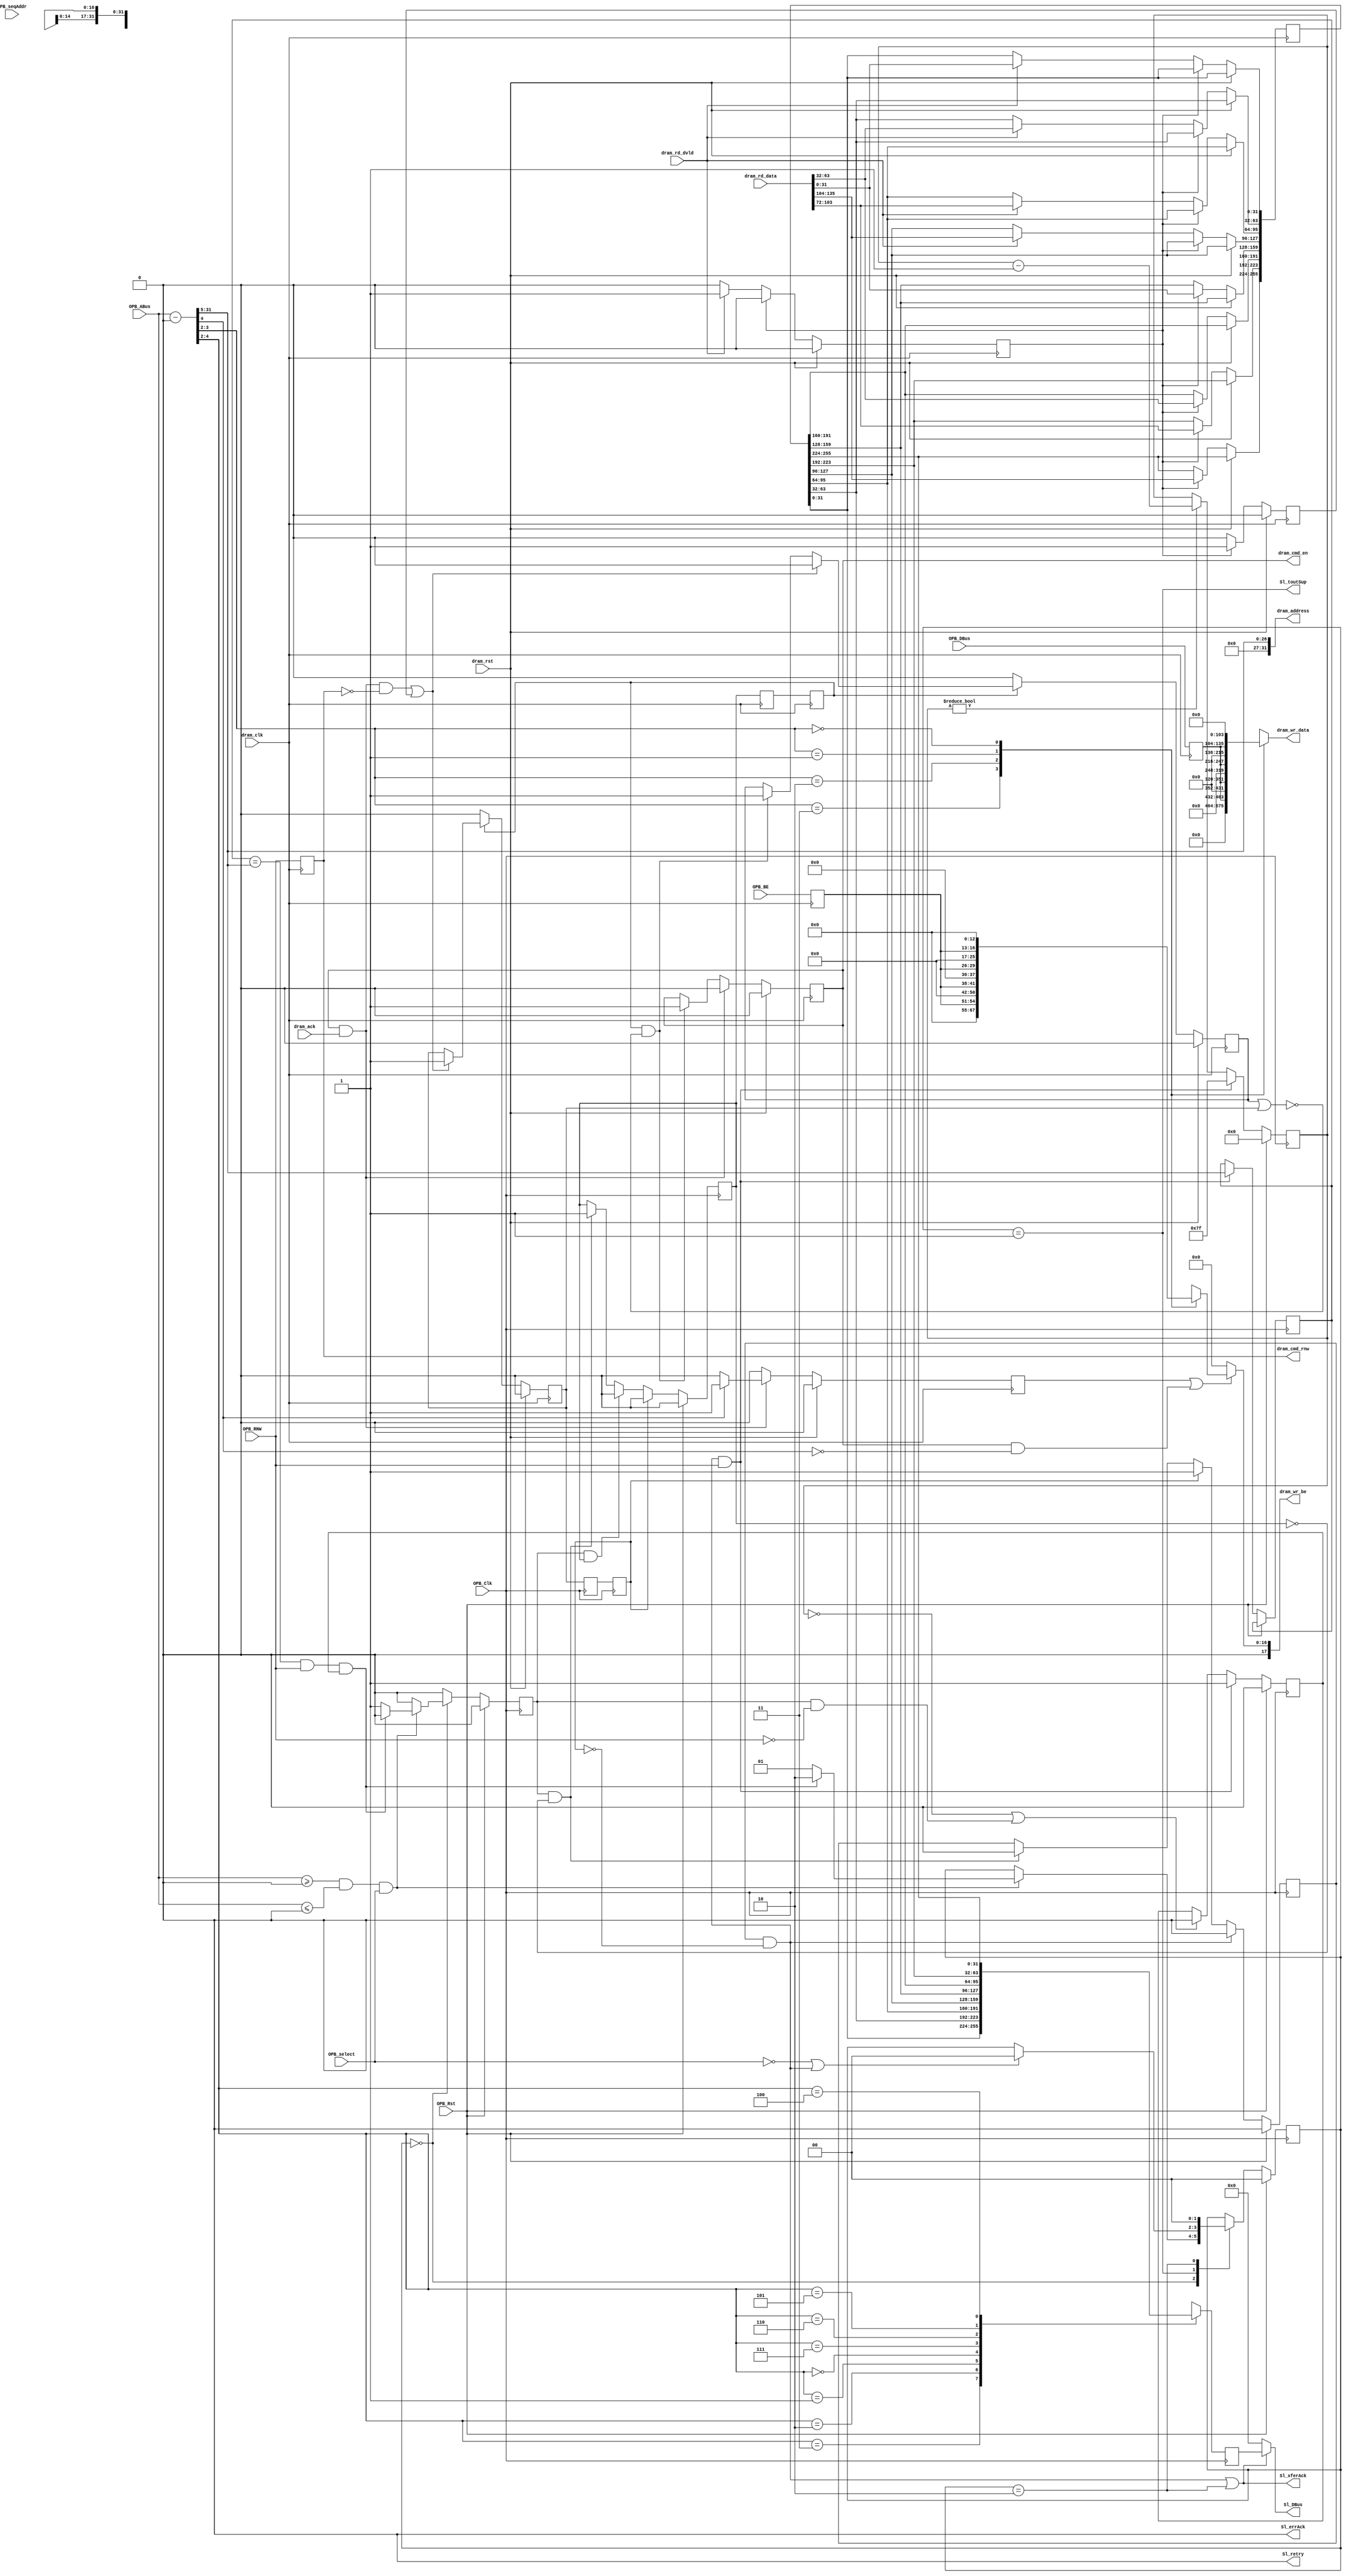
module mem_opb_attach #(
    parameter C_BASEADDR = 0,
    parameter C_HIGHADDR = 0
  ) (
    input         OPB_Clk,
    input         OPB_Rst,
    output [0:31] Sl_DBus,
    output        Sl_errAck,
    output        Sl_retry,
    output        Sl_toutSup,
    output        Sl_xferAck,
    input  [0:31] OPB_ABus,
    input  [0:3]  OPB_BE,
    input  [0:31] OPB_DBus,
    input         OPB_RNW,
    input         OPB_select,
    input         OPB_seqAddr,

    input          dram_clk,
    input          dram_rst,

    output         dram_cmd_en,
    output         dram_cmd_rnw,
    output [143:0] dram_wr_data,
    output  [17:0] dram_wr_be,
    output  [31:0] dram_address,
    input  [143:0] dram_rd_data,
    input          dram_rd_dvld,
    input          dram_ack
  );

  /********************* Common signals **********************/
  wire opb_trans_strb;
  wire opb_resp_strb;
  wire dram_resp_strb;
  wire dram_trans_strb;

  /************** OPB transaction extraction *****************/
  
  wire [31:0] opb_addr = OPB_ABus - C_BASEADDR;
  wire opb_sel = (OPB_ABus >= C_BASEADDR && OPB_ABus <= C_HIGHADDR) && OPB_select;

  /* cache hit signal */
  wire cache_hit;

  reg [1:0] opb_state;
  localparam OPB_IDLE = 2'd0;
  localparam OPB_WAIT = 2'd1;
  localparam OPB_ACK  = 2'd2;

  reg opb_trans_strb_reg;

  always @(posedge OPB_Clk) begin
    /* Single cycle strobe */
    opb_trans_strb_reg <= 1'b0;

    if (OPB_Rst) begin
      opb_state <= OPB_IDLE;
    end else begin
      case (opb_state)
        OPB_IDLE: begin
          if (opb_sel) begin
            if (cache_hit) begin /* cache hit, ack immediately */
              opb_state <= OPB_ACK;
            end else begin /* cache miss, get data from controller */
              opb_state <= OPB_WAIT; 
              opb_trans_strb_reg <= 1'b1;
            end
          end
        end
        OPB_WAIT: begin
          if (!OPB_select || opb_resp_strb) begin
            opb_state <= OPB_IDLE;
          end
        end
        OPB_ACK: begin
          opb_state <= OPB_IDLE;
        end
      endcase
    end
  end

  assign opb_trans_strb = opb_trans_strb_reg;

  /*********** Read mini-cache logic ***********/

  reg cache_valid;
  reg [255:0] cache_data;
  reg  [26:0] cache_addr;

  localparam CACHE_BITS     = 7;
  localparam CACHE_LIFETIME = 127;
  reg [CACHE_BITS - 1:0] cache_timer;

  always @(posedge OPB_Clk) begin
    if (OPB_Rst) begin
      cache_valid <= 1'b0;
      cache_timer <= 0;
    end else begin
      if (cache_timer == 0 || (opb_trans_strb && !OPB_RNW)) begin
        cache_valid <= 1'b0;
      end
      if (cache_timer) begin
        cache_timer <= cache_timer - 1;
      end
      if (opb_resp_strb && OPB_RNW) begin
        cache_addr  <= opb_addr[31:5];
        cache_valid <= 1'b1;
        cache_timer <= CACHE_LIFETIME;
      end
    end
  end

  assign cache_hit = (cache_addr == opb_addr[31:5]) && OPB_RNW && cache_valid;

  /********** OPB output assignments ***********/

  assign Sl_xferAck = opb_resp_strb || opb_state == OPB_ACK;
  assign Sl_toutSup = opb_state == OPB_WAIT;
  assign Sl_retry   = 1'b0;
  assign Sl_errAck  = 1'b0;

  reg [31:0] SL_DBus_reg;
  always @(posedge OPB_Clk) begin
    case (opb_addr[4:2])
      3'd3: SL_DBus_reg <= cache_data[31:0];
      3'd2: SL_DBus_reg <= cache_data[63:32];
      3'd1: SL_DBus_reg <= cache_data[95:64];
      3'd0: SL_DBus_reg <= cache_data[127:96];
      3'd7: SL_DBus_reg <= cache_data[159:128];
      3'd6: SL_DBus_reg <= cache_data[191:160];
      3'd5: SL_DBus_reg <= cache_data[223:192];
      3'd4: SL_DBus_reg <= cache_data[255:224];
    endcase
  end
  assign Sl_DBus = Sl_xferAck ? SL_DBus_reg : 32'b0;

  /********* transaction and response handshaking ************/

  reg trans_reg;
  reg trans_regR;
  reg trans_regRR;
  //synthesis attribute HU_SET of trans_regR  is SET1
  //synthesis attribute HU_SET of trans_regRR is SET1
  //synthesis attribute RLOC   of trans_regR  is X0Y0
  //synthesis attribute RLOC   of trans_regRR is X0Y1

  reg resp_reg;
  reg resp_regR;
  reg resp_regRR;
  //synthesis attribute HU_SET of resp_regR  is SET0
  //synthesis attribute HU_SET of resp_regRR is SET0
  //synthesis attribute RLOC   of resp_regR  is X0Y0
  //synthesis attribute RLOC   of resp_regRR is X0Y1

  reg wait_clear;

  always @(posedge OPB_Clk) begin
    resp_regR  <= resp_reg;
    resp_regRR <= resp_regR;

    if (OPB_Rst) begin
      trans_reg  <= 1'b0;
      wait_clear <= 1'b0;
    end else begin
      if (opb_trans_strb && !trans_reg) begin
        trans_reg  <= 1'b1;
        wait_clear <= 1'b0;
      end
      if (opb_trans_strb && trans_reg) begin
        trans_reg  <= 1'b0;
        /* fail. we have gotten a request while a response was pending.
           Give up on both transactions.
        */
      end
      if (resp_regRR) begin
        trans_reg  <= 1'b0;
        wait_clear <= 1'b1;
      end
      if (wait_clear && !resp_regRR) begin
        wait_clear   <= 1'b0;
      end
    end
  end

  reg wait_reg;

  always @(posedge dram_clk) begin
    trans_regR  <= trans_reg;
    trans_regRR <= trans_regR;
    if (dram_rst) begin
      resp_reg <= 1'b0;
      wait_reg <= 1'b0;
    end else begin
      if (trans_regRR && !(wait_reg || resp_reg)) begin
        wait_reg <= 1'b1;
      end
      if (dram_resp_strb) begin
        wait_reg <= 1'b0;
        resp_reg <= 1'b1;
      end
      if (!trans_regRR) begin
        wait_reg <= 1'b0;
        resp_reg <= 1'b0;
      end
    end
  end

  assign opb_resp_strb   =  wait_clear && !resp_regRR;
  assign dram_trans_strb = trans_regRR && !(wait_reg || resp_reg);

  /***************** DRAM command generation ************/

  reg [31:0] opb_wr_data_reg;
  reg  [3:0] opb_be_reg;
  reg opb_rnw_reg;

  always @(posedge dram_clk) begin
    opb_wr_data_reg <= OPB_DBus;
    opb_be_reg      <= OPB_BE;
    opb_rnw_reg     <= OPB_RNW;
  end

  wire dram_wr_resp_strb;
  wire dram_rd_resp_strb;
  assign dram_resp_strb = dram_wr_resp_strb || dram_rd_resp_strb;

  wire second_cycle_sel    = opb_addr[4];
  wire [1:0] dram_word_sel = opb_addr[3:2];

  /* DRAM Command issue logic */
  reg second_wr_cycle;
  reg dram_cmd_en_reg;

  always @(posedge dram_clk) begin
    second_wr_cycle      <= 1'b0;

    if (dram_rst) begin
      dram_cmd_en_reg <= 1'b0;
    end else begin
      if (dram_trans_strb) begin
        dram_cmd_en_reg <= 1'b1;
      end
      if (dram_cmd_en && dram_ack) begin
        dram_cmd_en_reg <= 1'b0;
        if (second_cycle_sel)
          second_wr_cycle    <= 1'b1;
      end
    end
  end

  /* write assignments */
  assign dram_wr_resp_strb = dram_cmd_en && dram_ack && !dram_cmd_rnw;
  assign dram_cmd_rnw = opb_rnw_reg;
  assign dram_cmd_en  = dram_cmd_en_reg;
  
  reg [143:0] dram_wr_data_reg;
  always @(*) begin
    case (dram_word_sel)
      2'd3: dram_wr_data_reg <= {112'b0, opb_wr_data_reg} << 0;
      2'd2: dram_wr_data_reg <= {112'b0, opb_wr_data_reg} << 32;
      2'd1: dram_wr_data_reg <= {112'b0, opb_wr_data_reg} << 72;
      2'd0: dram_wr_data_reg <= {112'b0, opb_wr_data_reg} << 104;
    endcase
  end
  assign dram_wr_data = dram_wr_data_reg;

  reg [16:0] dram_wr_be_reg;
  always @(*) begin
    if (second_wr_cycle || dram_cmd_en && !second_cycle_sel) begin
      case (dram_word_sel)
        2'd3: dram_wr_be_reg <= {14'b0, opb_be_reg} << 0;
        2'd2: dram_wr_be_reg <= {14'b0, opb_be_reg} << 4;
        2'd1: dram_wr_be_reg <= {14'b0, opb_be_reg} << 9;
        2'd0: dram_wr_be_reg <= {14'b0, opb_be_reg} << 13;
      endcase
    end else begin
      dram_wr_be_reg <= 18'b0;
    end
  end
  assign dram_wr_be = dram_wr_be_reg;

  /* DRAM Read response collection */
  reg second_read_cycle;
  reg dram_rd_resp_strb_reg;

  always @(posedge dram_clk) begin
    second_read_cycle     <= 1'b0;
    dram_rd_resp_strb_reg <= 1'b0;

    if (dram_rst) begin
    end else begin
      if (second_read_cycle) begin
        dram_rd_resp_strb_reg <= 1'b1;
        cache_data[159:128] <=  dram_rd_data[ 31:0  ]; 
        cache_data[191:160] <=  dram_rd_data[ 63:32 ]; 
        cache_data[223:192] <=  dram_rd_data[103:72 ];
        cache_data[255:224] <=  dram_rd_data[135:104];
      end else begin
        if (dram_rd_dvld) begin
          second_read_cycle <= 1'b1;
          cache_data[ 31:0 ] <= dram_rd_data[ 31:0  ]; 
          cache_data[ 63:32] <= dram_rd_data[ 63:32 ]; 
          cache_data[ 95:64] <= dram_rd_data[103:72 ];
          cache_data[127:96] <= dram_rd_data[135:104];
        end
      end
    end
  end

  assign dram_address = {5'b0, opb_addr[31:5]};

  /* read assignments */
  assign dram_rd_resp_strb = dram_rd_resp_strb_reg;

endmodule